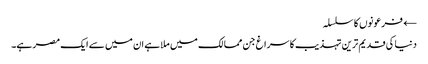
← فرعونوں کا سلسلہ
دنیا کی قدیم ترین تہذیب کا سراغ جن ممالک میں ملا ہے ان میں سے ایک مصر ہے۔